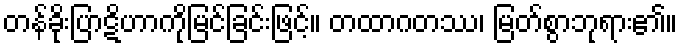
တန်ခိုးပြာဋိဟာကိုမြင်ခြင်းဖြင့်။ တထာဂတဿ၊ မြတ်စွာဘုရား၏။